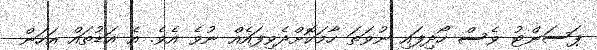
ޕަސަންޓު ވެސް ހޯދިފައި ނުވަތަ ހާމަކޮށްދެވިފައެއް ނުވެ އެވެ. އެ އަޑުތައް އަހަން